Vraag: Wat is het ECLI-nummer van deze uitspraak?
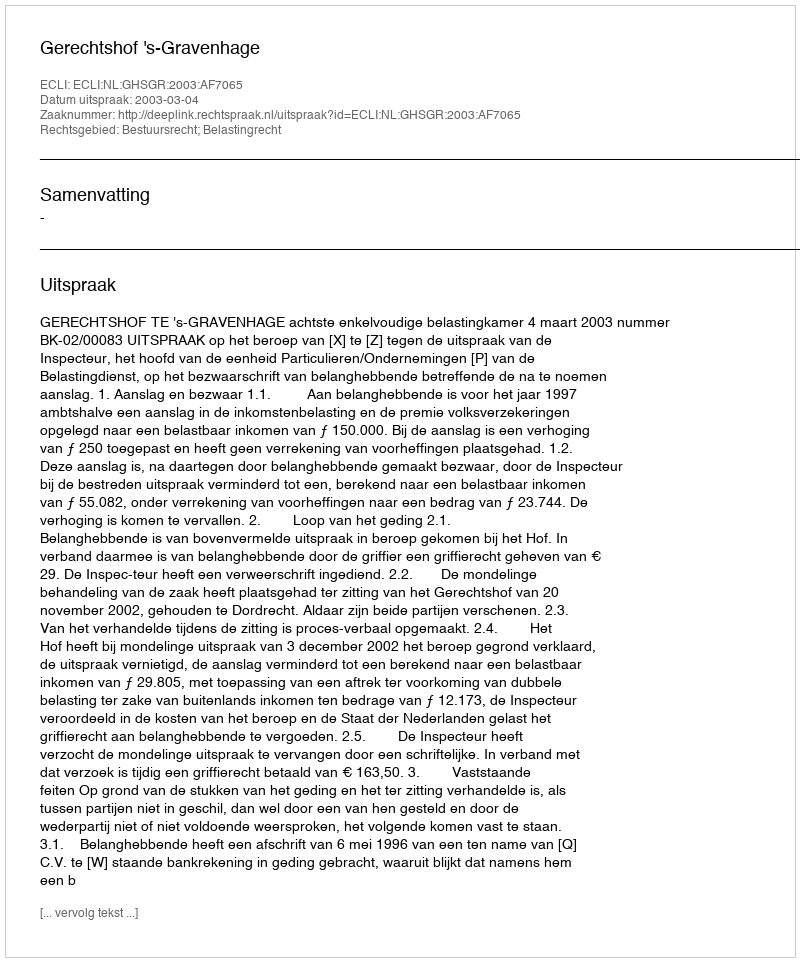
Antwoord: ECLI:NL:GHSGR:2003:AF7065